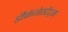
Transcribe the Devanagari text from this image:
डीकंजेस्टेंट्स